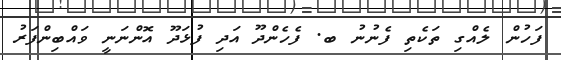
ފަހުން ލެއްގި ތަކެތި ފެނުނު ބ. ފެހެންދޫ އަދި ފުޅަދޫ އޮންނަނީ ވައްބިންފަރު